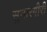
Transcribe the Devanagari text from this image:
सुनारगीरी